Civil Veterinary Dept. North-West Frontier Province 1923-32 - 1923-1932
Year: 1923
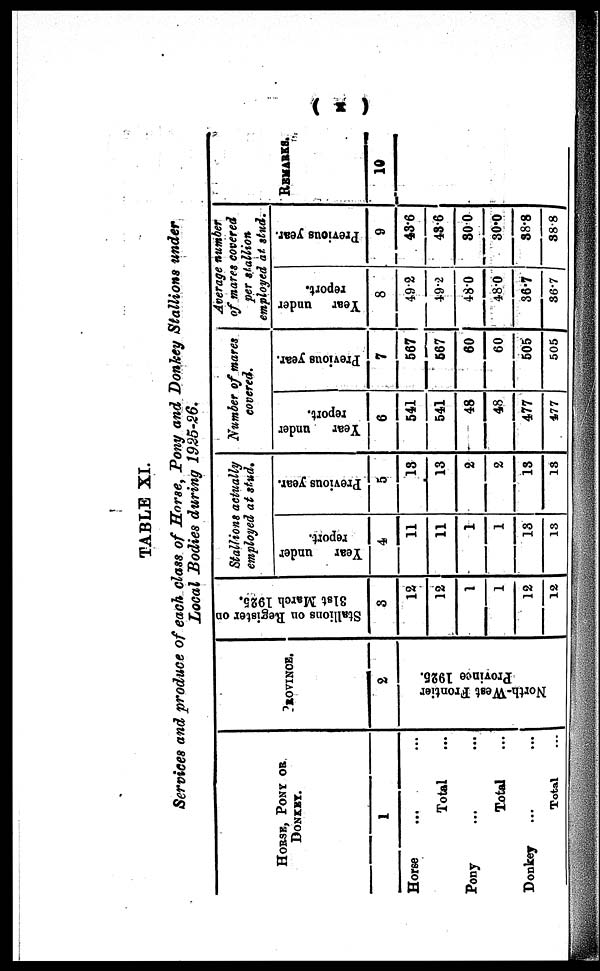
(x)
TABLE XI.
Services and produce of each class of Horse, Pony and Donkey Stallions under
Local Bodies during 1925-26.
HORSE, PONY OR.
DONKEY.
1
Horse ...
Total ...
Pony ...
Total ...
Donkey ...
Total ...
PROVINCE.
2
North-West Frontier
Province 1925.
Stallions on Register on
31st March 1925.
3
12
12
1
1
12
12
Stallions actually
employed at stud.
Year under
report.
4
11
11
1
1
13
13
Previous year.
5
13
13
2
2
13
13
Number of mares
covered.
Year under
report.
6
541
541
48
48
477
477
Previous year.
7
567
567
60
60
505
505
Average number
of mares covered
per stallion
employed at stud.
Year under
report.
8
49.2
49.2
48.0
48.0
36.7
36.7
Previous year.
9
43.6
43.6
30.0
30.0
38.8
38.8
REMARKS.
10